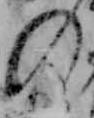
の